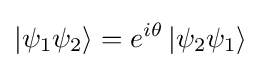
\left|\psi _{1}\psi _{2}\right\rangle =e^{i\theta }\left|\psi _{2}\psi _{1}\right\rangle